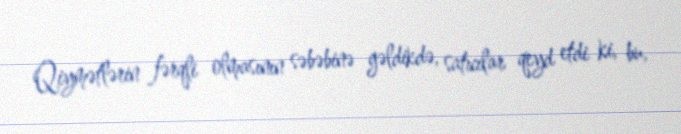
Qiymətlərin fərqli olmasının səbəbinə gəldikdə, satıcılar qeyd etdi ki, bu,